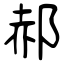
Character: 郝